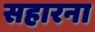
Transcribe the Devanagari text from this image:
सहारना